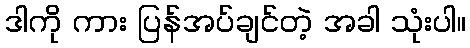
ဒါကို ကား ပြန်အပ်ချင်တဲ့ အခါ သုံးပါ။